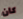
كان